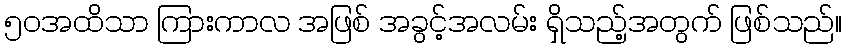
၅၀အထိသာ ကြားကာလ အဖြစ် အခွင့်အလမ်း ရှိသည့်အတွက် ဖြစ်သည်။